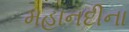
મહાનદીના